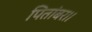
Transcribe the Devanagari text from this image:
पितांबर।।